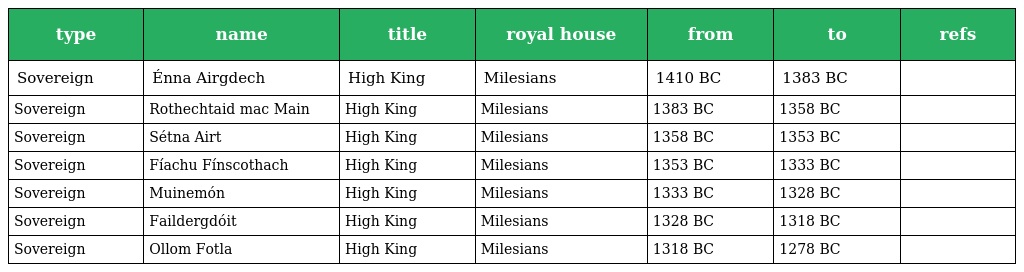
| type | name | title | royal house | from | to | refs |
 | --- | --- | --- | --- | --- | --- | --- |
 | Sovereign | Énna Airgdech | High King | Milesians | 1410 BC | 1383 BC |  |
 | Sovereign | Rothechtaid mac Main | High King | Milesians | 1383 BC | 1358 BC |  |
 | Sovereign | Sétna Airt | High King | Milesians | 1358 BC | 1353 BC |  |
 | Sovereign | Fíachu Fínscothach | High King | Milesians | 1353 BC | 1333 BC |  |
 | Sovereign | Muinemón | High King | Milesians | 1333 BC | 1328 BC |  |
 | Sovereign | Faildergdóit | High King | Milesians | 1328 BC | 1318 BC |  |
 | Sovereign | Ollom Fotla | High King | Milesians | 1318 BC | 1278 BC |  |